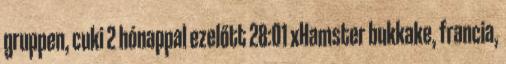
gruppen, cuki 2 hónappal ezelőtt 28:01 xHamster bukkake, francia,